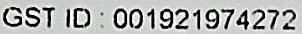
GST ID : 001921974272